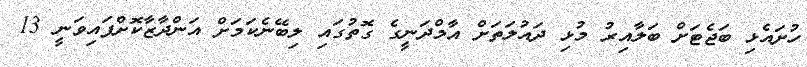
ހުށައެޅި ބަޖެޓަށް ބަލާއިރު މުޅި ދައުލަތަށް އާމްދަނީގެ ގޮތުގައި ލިބޭނެކަމަށް އަންދާޒާކޮށްފައިވަނީ 13